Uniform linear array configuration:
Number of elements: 32
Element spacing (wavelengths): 0.75
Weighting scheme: cosine
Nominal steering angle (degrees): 60
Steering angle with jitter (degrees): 58.945
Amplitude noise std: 0.05
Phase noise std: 0.05

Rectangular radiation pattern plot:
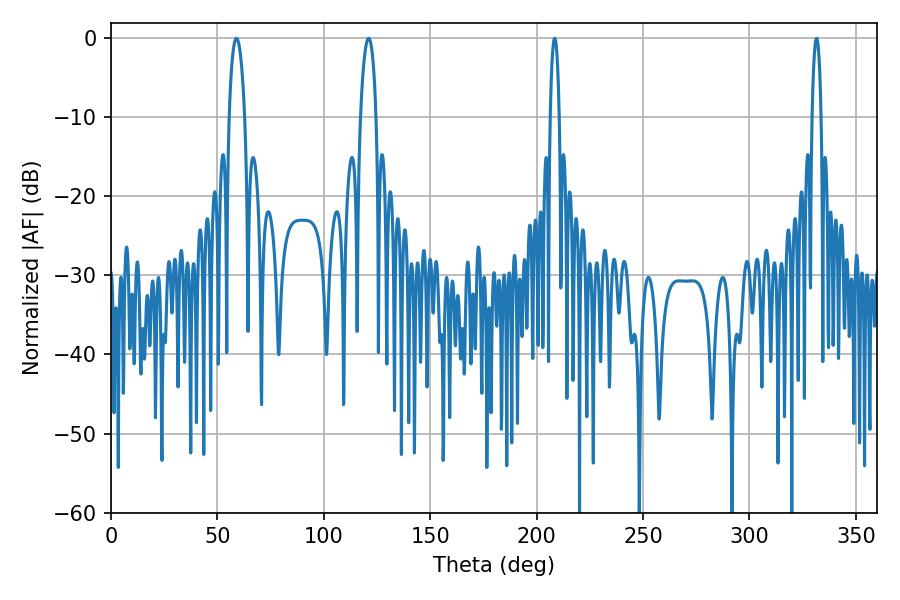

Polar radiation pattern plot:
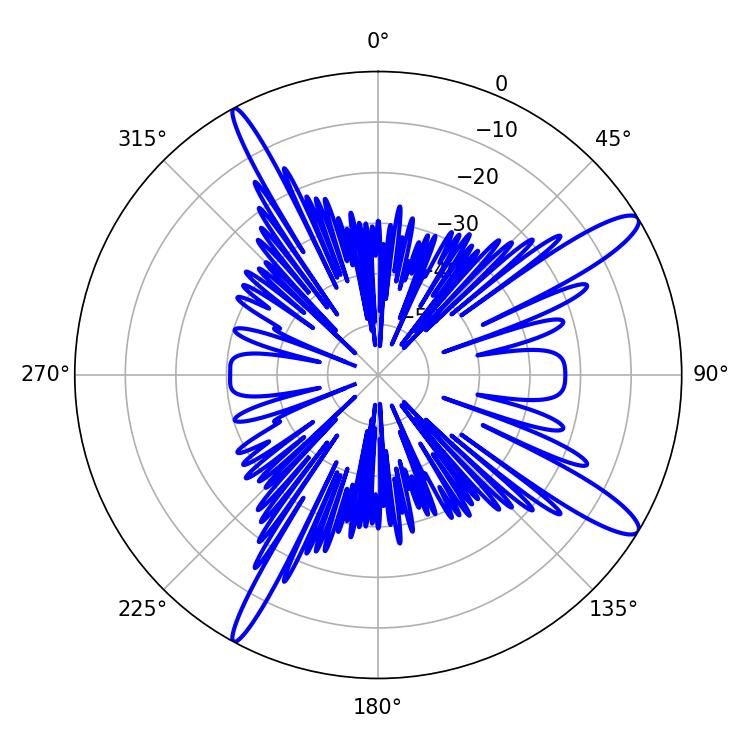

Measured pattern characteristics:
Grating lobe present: TRUE
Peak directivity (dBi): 13.273
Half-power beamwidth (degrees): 2.34
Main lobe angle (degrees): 208.44